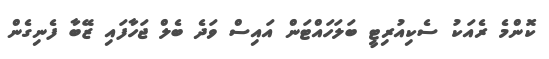
ކޮންމެ ރެއަކު ސެކިއުރިޓީ ބަލަހައްޓަން އައިސް ވަދެ ބެލް ޖަހާފައި ޒޭބާ ފެނިގެން